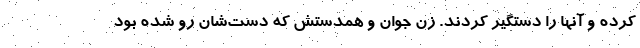
کرده و آنها را دستگیر کردند. زن جوان و همدستش که دست‌شان رو شده بود